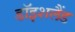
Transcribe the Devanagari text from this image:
डॉइशलैंड